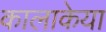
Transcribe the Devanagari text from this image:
कालाकेया